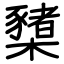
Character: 櫫